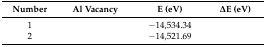
<table><thead><tr><td><b>Number</b></td><td><b>Al Vacancy</b></td><td><b>E (eV)</b></td><td><b>ΔE (eV)</b></td></tr></thead><tbody><tr><td>1</td><td>[EMPTY_CELL]</td><td>−14,534.34</td><td>[EMPTY_CELL]</td></tr><tr><td>2</td><td>[EMPTY_CELL]</td><td>−14,521.69</td><td>[EMPTY_CELL]</td></tr></tbody></table>